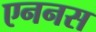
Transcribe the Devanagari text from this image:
एननस